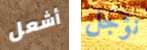
أشعل نؤجل